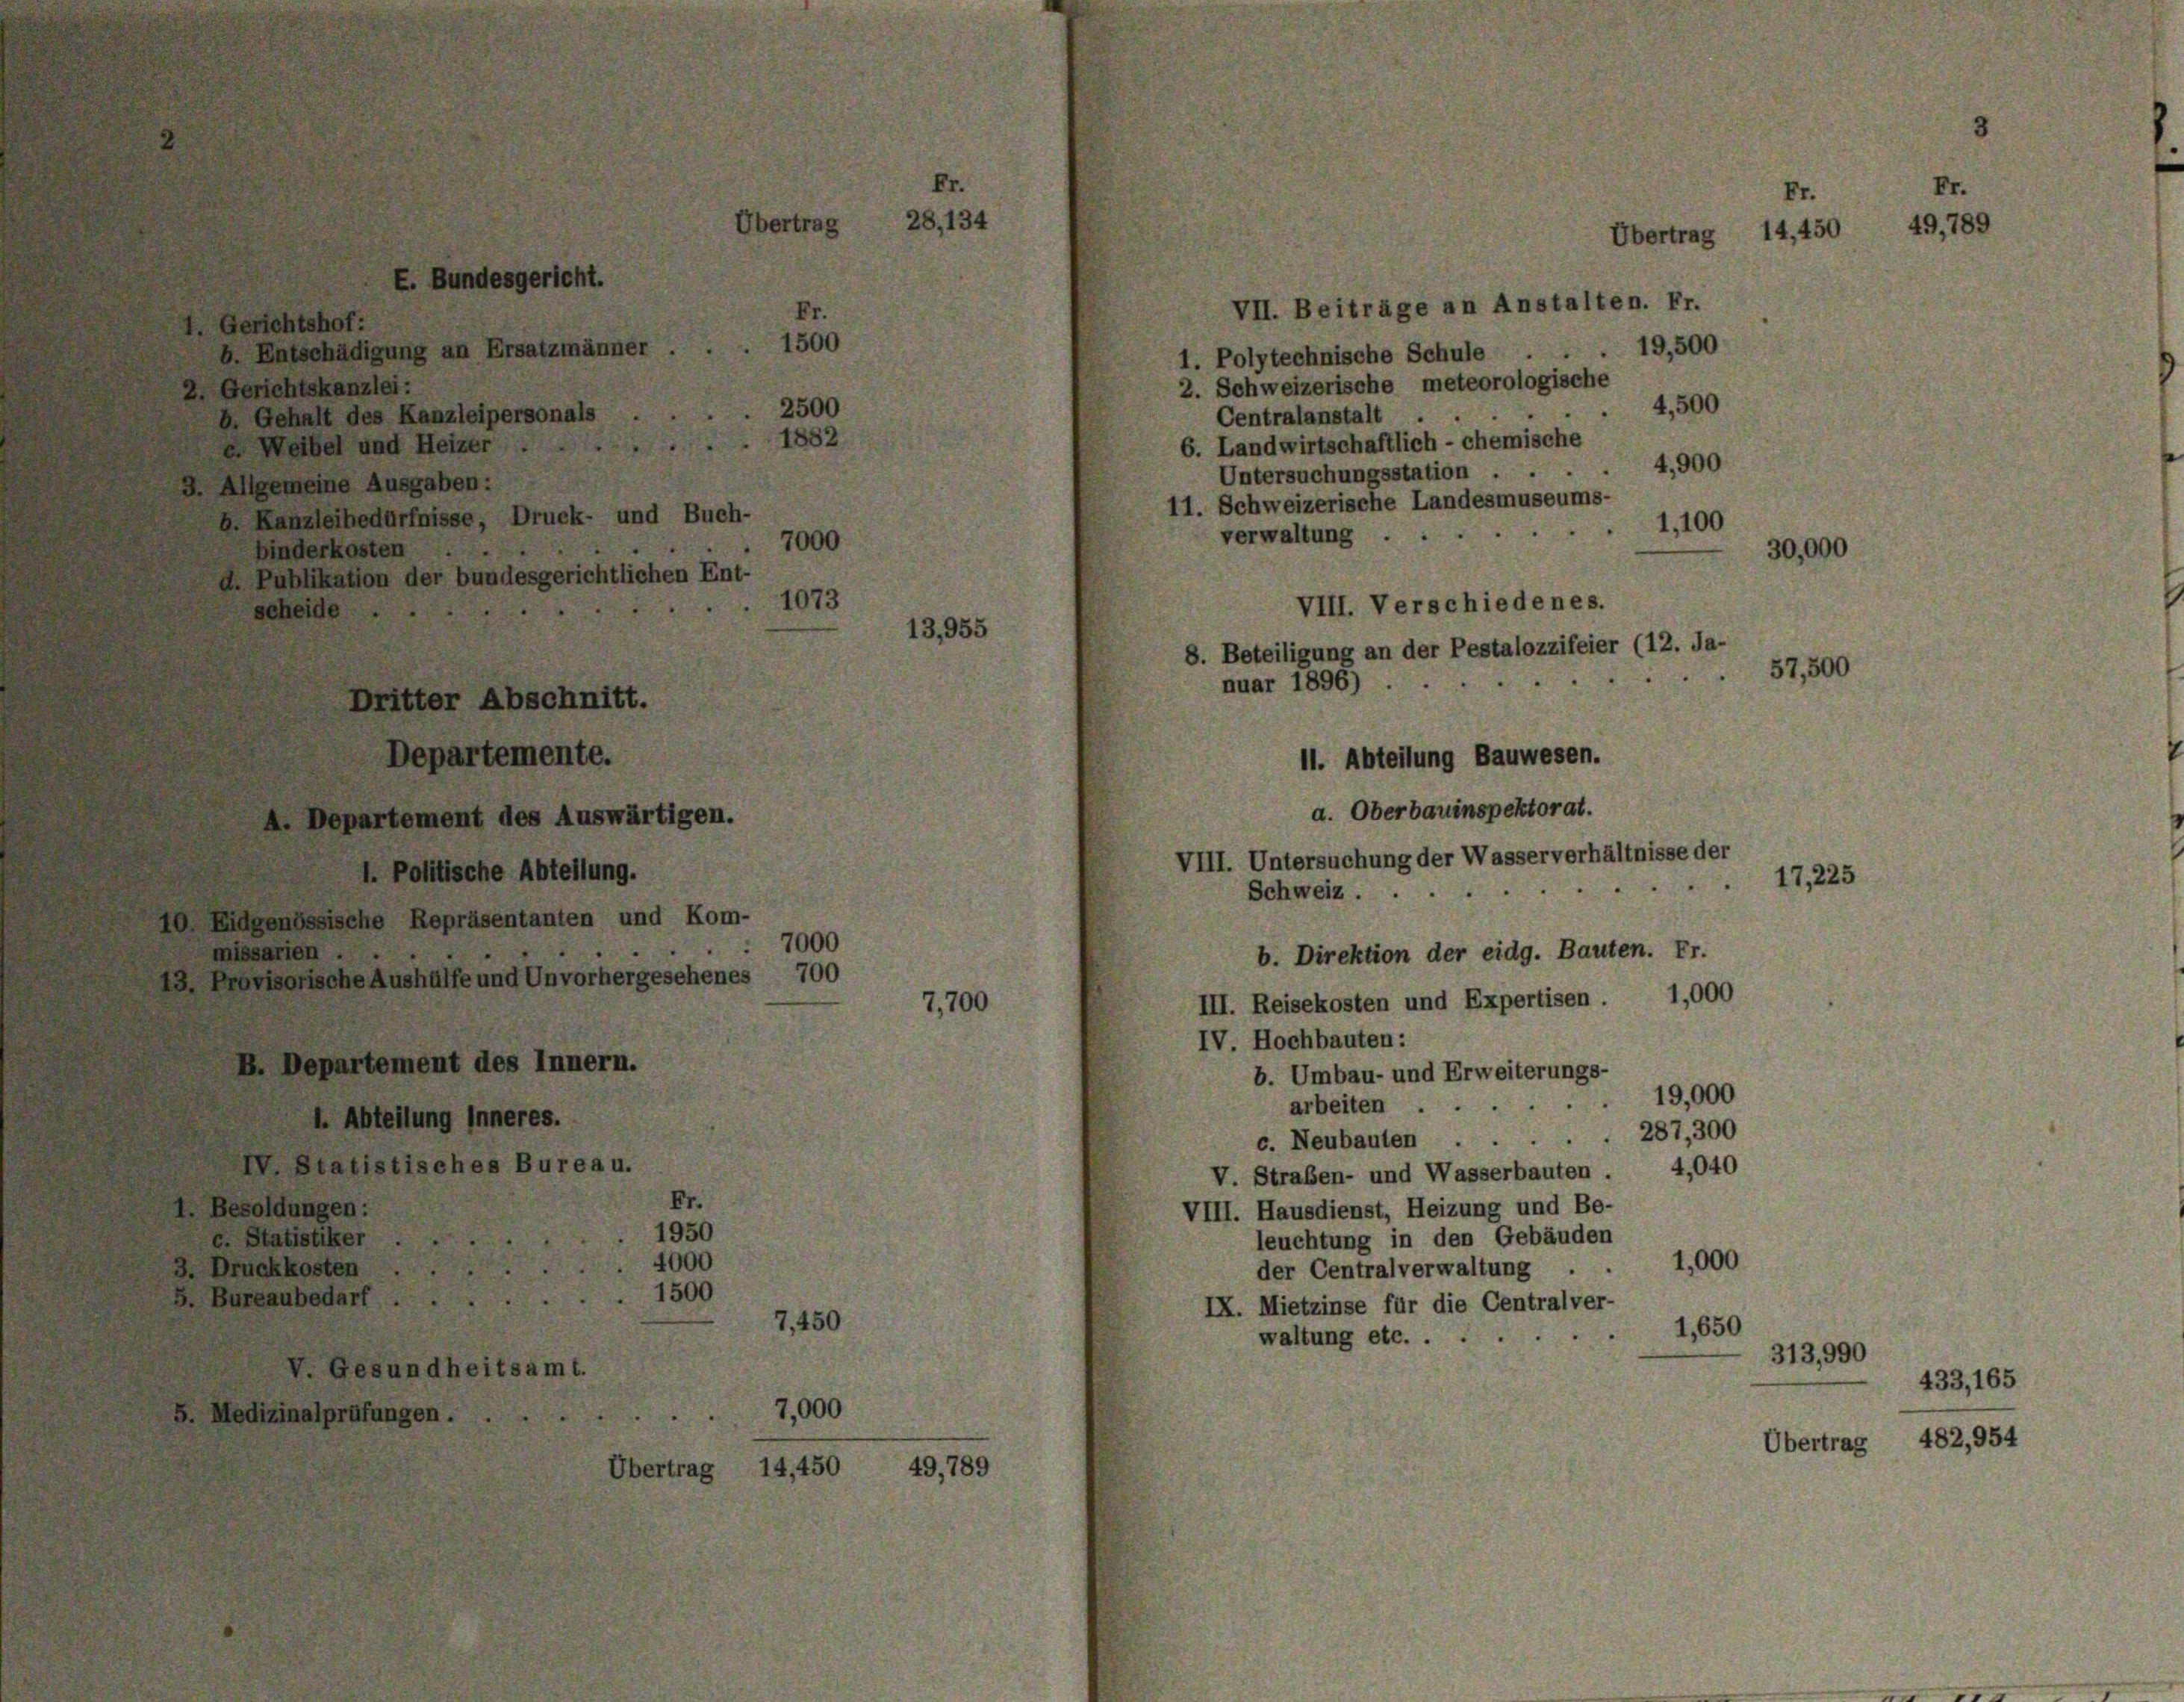
chtskanzlei:
behalt des Kanzleipersonals
.
Leibel und Heizer
emeine Ausgaben:
anzleibedürfnisse, Druck- und Buch-
nderkosten ..
ablikation der bundesgerichtlichen Ent-
heide
Dritter Abschnitt.
Departement des Auswärtigen.
1. Politische Abteilung.
mössische Repräsentanten und Kom-
rien ..
sorische Aushülfe und Unvorhergesehenes 700
Departement des Innern.
l. Abteilung inneres.
Statistisches Bureau.

:
I

4

E. Bundesgericht.

ntschädigung an Ersatzmänner.

Departemente.

gesundheitsamt.

Fr.

2500
1882
7000
1073

7000
7,700

Fr.
1950
4000
1500
7,450

d
28, 134
Übertrag

1500

7,000

49,789
Übertrag 14,450

13,955

VII. Beiträge an Anstalten. Fr.
1. Polytechnische Schule . . . 19,500
2. Schweizerische meteorologische
4,500
Centralanstalt . .
6. Landwirtschaftlich - chemische
4,900
Untersuchungsstation ...
11. Schweizerische Landesmuseums-
1,100
verwaltung.
30,000
VIII. Verschiedenes.
8. Beteiligung an der Pestalozzifeier (12. Ja-
57,500
11. Abteilung Bauwesen.
a. Oberbauinspektorat.
VIII. Untersuchung der Wasserverhältnisse der
17,225
Schweiz.
b. Direktion der eidg. Bauten. Fr.
III. Reisekosten und Expertisen . 1,000
IV. Hochbauten:
b. Umbau- und Erweiterungs-
19,000
arbeiten
 287, 300
c. Neubauten
V. Straßen- und Wasserbauten . 4,040
VIII. Hausdienst, Heizung und Be-
leuchtung in den Gebäuden
1,000
der Centralverwaltung .
IX. Mietzinse für die Centralver-
1,650
waltung etc. ...
313,990

nuar 1896)

Fr.

Übertrag 14,450 49,789

Fr.

433, 165

Übertrag 482,954